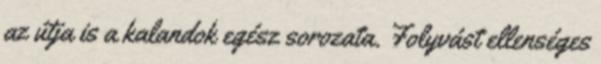
az útja is a kalandok egész sorozata. Folyvást ellenséges